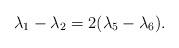
LaTeX: \begin{align*}\lambda _{1}-\lambda _{2}=2(\lambda _{5}-\lambda _{6}).\end{align*}